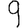
Digit: 9